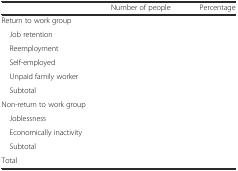
<table><thead><tr><td>[EMPTY_CELL]</td><td><b>Number of people</b></td><td><b>Percentage</b></td></tr></thead><tbody><tr><td colspan="3">Return to work group</td></tr><tr><td> Job retention</td><td>[EMPTY_CELL]</td><td>[EMPTY_CELL]</td></tr><tr><td> Reemployment</td><td>[EMPTY_CELL]</td><td>[EMPTY_CELL]</td></tr><tr><td> Self-employed</td><td>[EMPTY_CELL]</td><td>[EMPTY_CELL]</td></tr><tr><td> Unpaid family worker</td><td>[EMPTY_CELL]</td><td>[EMPTY_CELL]</td></tr><tr><td> Subtotal</td><td>[EMPTY_CELL]</td><td>[EMPTY_CELL]</td></tr><tr><td colspan="3">Non-return to work group</td></tr><tr><td> Joblessness</td><td>[EMPTY_CELL]</td><td>[EMPTY_CELL]</td></tr><tr><td> Economically inactivity</td><td>[EMPTY_CELL]</td><td>[EMPTY_CELL]</td></tr><tr><td> Subtotal</td><td>[EMPTY_CELL]</td><td>[EMPTY_CELL]</td></tr><tr><td>Total</td><td>[EMPTY_CELL]</td><td>[EMPTY_CELL]</td></tr></tbody></table>